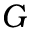
G